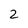
Character: 2